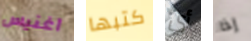
آغنيس كتبها أي إذا